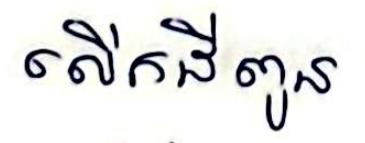
លើកដីពូន